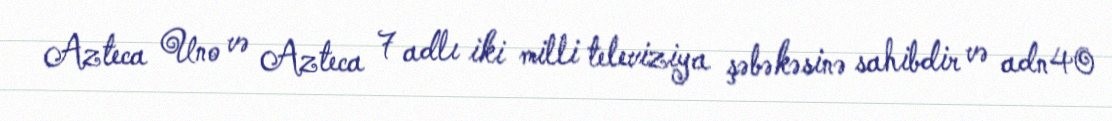
Azteca Uno və Azteca 7 adlı iki milli televiziya şəbəkəsinə sahibdir və adn40